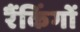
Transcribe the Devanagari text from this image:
रैंकिंगों